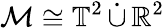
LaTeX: \mathcal{M}\cong\mathbb{T}^{2}\, \dot{\cup}\, \mathbb{R}^{2}